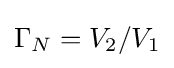
\Gamma _{N}=V_{2}/V_{1}